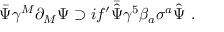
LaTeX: \bar { \Psi } \gamma ^ { M } \partial _ { M } \Psi \supset i f ^ { \prime } \bar { \hat { \Psi } } \gamma ^ { 5 } \beta _ { a } \sigma ^ { a } \hat { \Psi } \ .